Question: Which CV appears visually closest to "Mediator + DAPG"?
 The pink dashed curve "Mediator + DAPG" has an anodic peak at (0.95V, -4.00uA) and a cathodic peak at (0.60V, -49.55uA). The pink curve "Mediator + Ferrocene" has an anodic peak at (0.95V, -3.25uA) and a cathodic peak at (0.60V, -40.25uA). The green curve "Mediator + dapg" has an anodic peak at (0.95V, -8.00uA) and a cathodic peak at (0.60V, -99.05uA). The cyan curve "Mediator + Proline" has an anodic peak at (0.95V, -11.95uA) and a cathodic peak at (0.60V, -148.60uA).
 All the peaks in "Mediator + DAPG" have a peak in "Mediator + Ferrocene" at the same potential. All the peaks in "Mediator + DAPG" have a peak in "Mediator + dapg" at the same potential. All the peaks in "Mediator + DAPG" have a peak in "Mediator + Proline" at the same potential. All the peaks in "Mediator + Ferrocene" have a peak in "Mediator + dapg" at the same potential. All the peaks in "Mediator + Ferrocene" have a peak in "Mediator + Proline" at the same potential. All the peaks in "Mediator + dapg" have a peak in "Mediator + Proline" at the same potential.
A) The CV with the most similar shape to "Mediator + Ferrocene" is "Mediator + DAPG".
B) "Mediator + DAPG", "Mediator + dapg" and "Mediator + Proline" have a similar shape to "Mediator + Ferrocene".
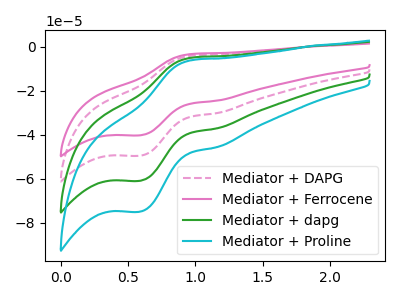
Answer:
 <answer>B) "Mediator + DAPG", "Mediator + dapg" and "Mediator + Proline" have a similar shape to "Mediator + Ferrocene".</answer>
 <eval>B</eval>